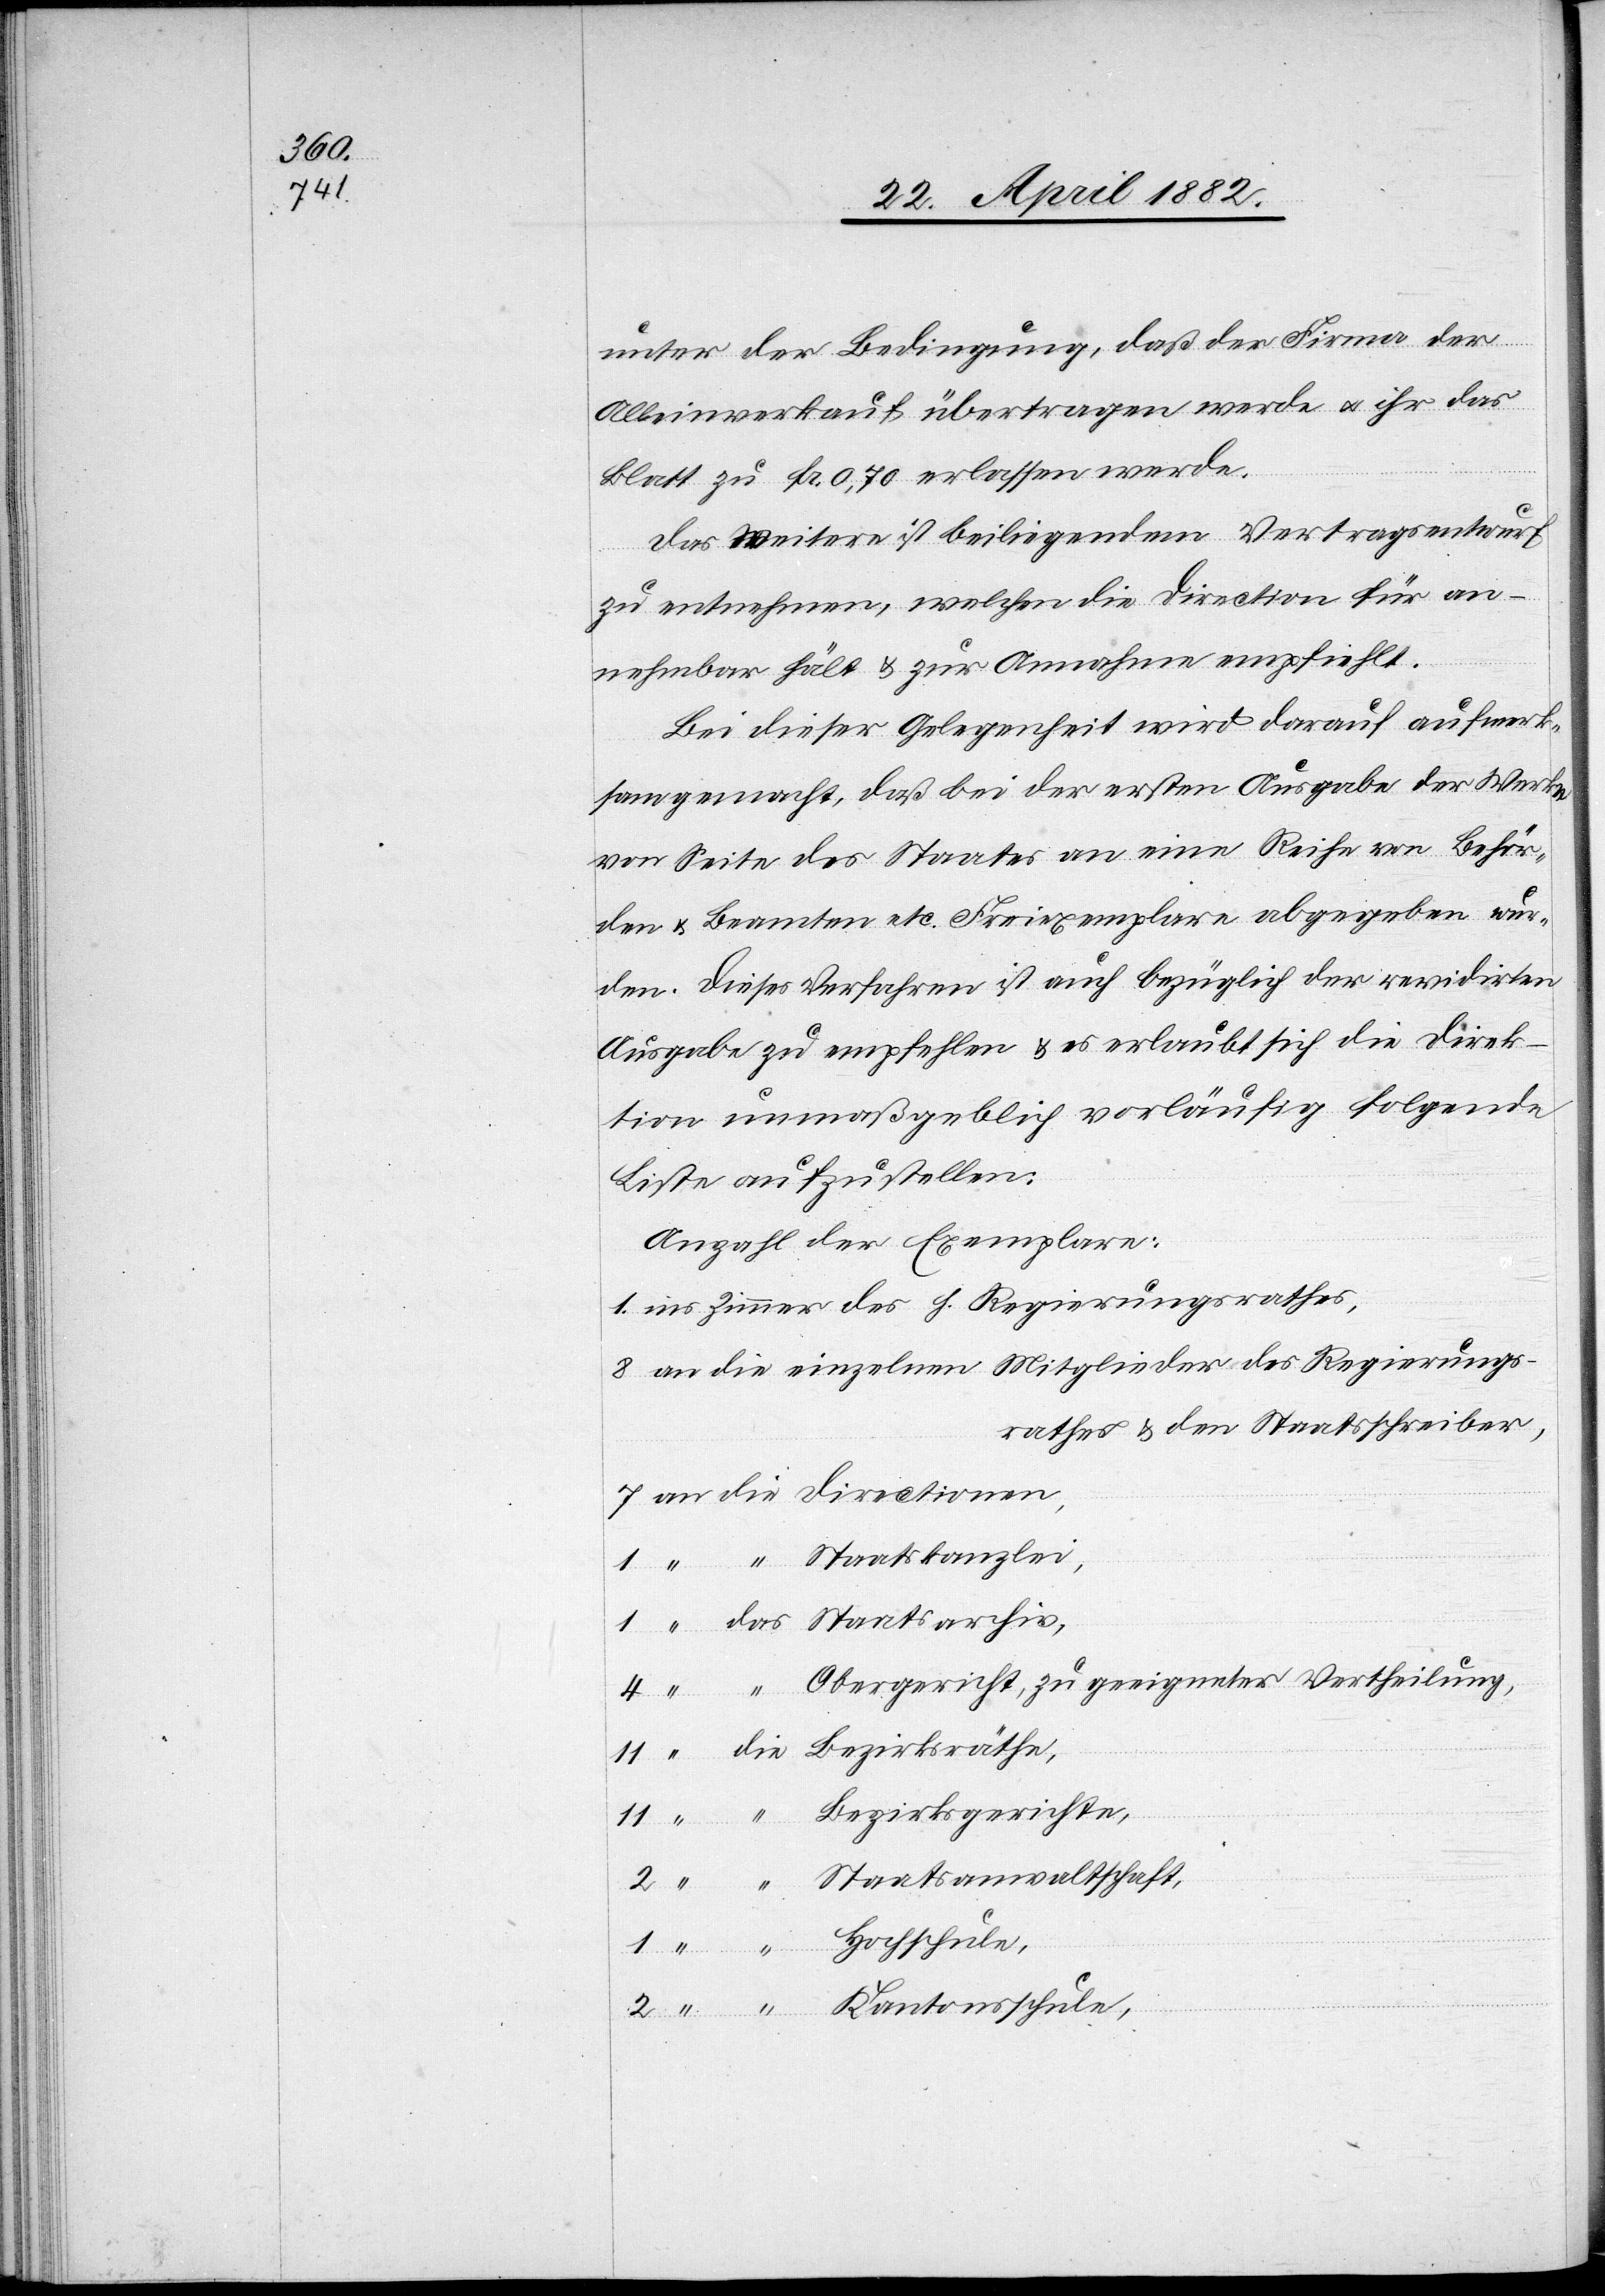
unter der Bedingung, daß der Firma der
Alleinverkauf übertragen werde u. ihr das
Blatt zu Fr. 0,70 erlassen werde.
Das Weitere ist beiliegendem Vertragsentwurf
an
zu entnehmen, welchen die Direction für an¬
nehmbar hält & zur Annahme empfiehlt.
Bei dieser Gelegenheit wird darauf aufmerk¬
sam gemacht, daß bei der ersten Ausgabe der Werke
von Seite des Staates an eine Reihe von Behör¬
den u. Beamten etc. Freiexemplare abgegeben wur¬
den. Dieses Verfahren ist auch bezüglich der revidirten
Ausgabe zu empfehlen & es erlaubt sich die Direc¬
tion unmaßgeblich vorläufig folgende
Liste aufzustellen:
Zimmer des h. Regierungsrathes,
rathes & den Staatsschreiber,
Bezirksgerichte,
Hochschule,
theilung,
die
Kantonsschule,
die